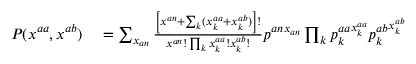
\begin{array} { r l } { P ( \boldsymbol { x ^ { a a } } , \boldsymbol { x ^ { a b } } ) } & { { } = \sum _ { x _ { a n } } \frac { \left[ x ^ { a n } + \sum _ { k } ( x _ { k } ^ { a a } + x _ { k } ^ { a b } ) \right] ! } { x ^ { a n } ! \prod _ { k } x _ { k } ^ { a a } ! x _ { k } ^ { a b } ! } { p ^ { a n } } ^ { x _ { a n } } \prod _ { k } { p _ { k } ^ { a a } } ^ { x _ { k } ^ { a a } } { p _ { k } ^ { a b } } ^ { x _ { k } ^ { a b } } } \end{array}